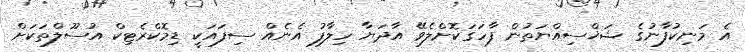
އެ މަނިކުފާނުގެ ޝަޚްސިއްޔަތުން ފާހަގަކޮށްލެވޭ އާދަޔާ ހިލާފު އެނެއް ސިފައަކީ ޑިމޮކްރެޓިކް އުސޫލްތަކަށް